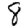
Digit: 8